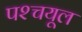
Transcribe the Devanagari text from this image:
पश्‍चयूल